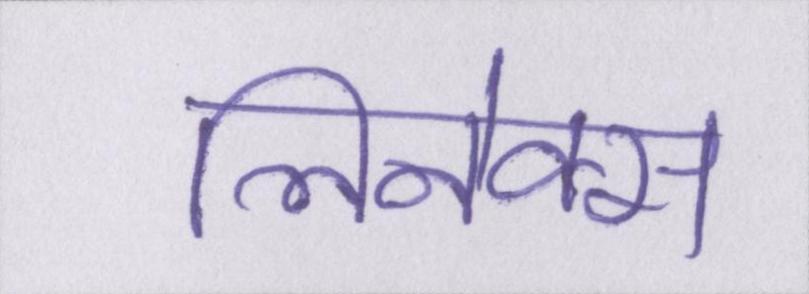
लिनेक्स